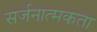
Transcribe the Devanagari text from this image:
सर्जनात्‍मकता